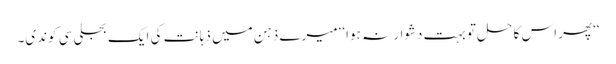
‘‘پھر اس کا حل تو بہت دشوار نہ ہوا‘‘ میرے ذہن میں ذہانت کی ایک بجلی سی کوندی۔